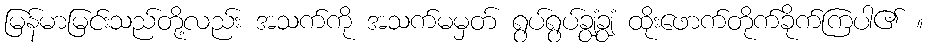
မြန်မာမြင်းသည်တို့လည်း အသက်ကို အသက်မမှတ် ရွပ်ရွပ်ချွံချွံ ထိုးဖောက်တိုက်ခိုက်ကြပါ၏ ။